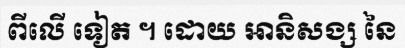
ពីលើ ទៀត ។ ដោយ អានិសង្ស នៃ